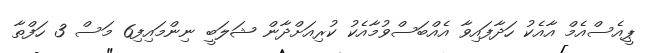
ޕީއެސްއެމް އާއެކު ހަދާފައިވާ އެއްބަސްވުމާއެކު ކުރިއަށްދާން ޝަލަބީ ނިންމައިފި6 މަސް 3 ހަފްތާ